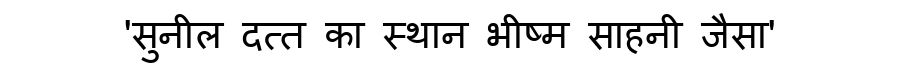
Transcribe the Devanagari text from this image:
'सुनील दत्त का स्थान भीष्म साहनी जैसा'